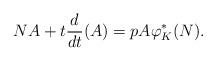
LaTeX: \begin{align*}NA + t\frac{d}{dt}(A) = p A \varphi_K^*(N).\end{align*}